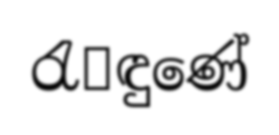
රැ෾ඳුණේ